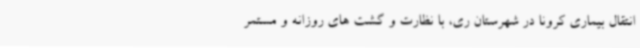
انتقال بیماری کرونا در شهرستان ری، با نظارت و گشت های روزانه و مستمر